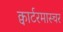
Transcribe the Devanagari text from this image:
क्वार्टरमास्चर